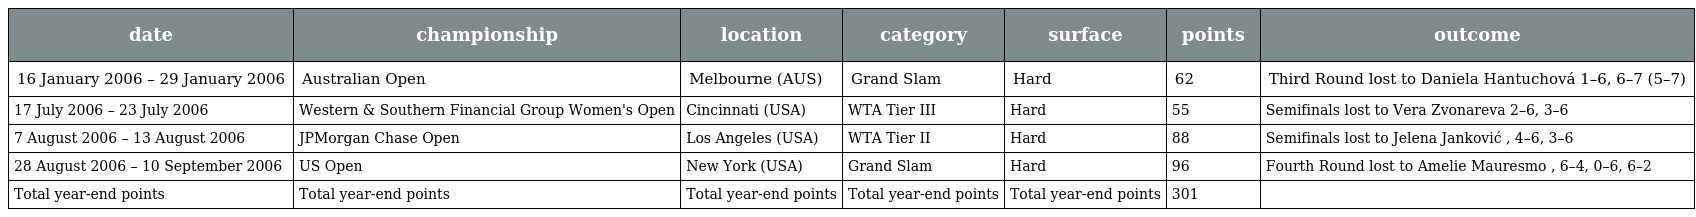
| date | championship | location | category | surface | points | outcome |
 | --- | --- | --- | --- | --- | --- | --- |
 | 16 January 2006 – 29 January 2006 | Australian Open | Melbourne (AUS) | Grand Slam | Hard | 62 | Third Round lost to Daniela Hantuchová 1–6, 6–7 (5–7) |
 | 17 July 2006 – 23 July 2006 | Western & Southern Financial Group Women's Open | Cincinnati (USA) | WTA Tier III | Hard | 55 | Semifinals lost to Vera Zvonareva 2–6, 3–6 |
 | 7 August 2006 – 13 August 2006 | JPMorgan Chase Open | Los Angeles (USA) | WTA Tier II | Hard | 88 | Semifinals lost to Jelena Janković , 4–6, 3–6 |
 | 28 August 2006 – 10 September 2006 | US Open | New York (USA) | Grand Slam | Hard | 96 | Fourth Round lost to Amelie Mauresmo , 6–4, 0–6, 6–2 |
 | Total year-end points | Total year-end points | Total year-end points | Total year-end points | Total year-end points | 301 |  |